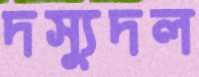
দস্যুদল